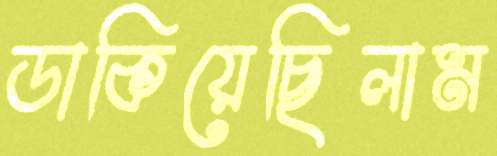
ডাকিয়েছিলাম